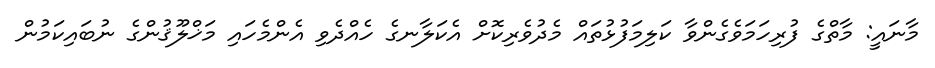
މާނައީ: މާތްގެ ފުރިހަމަވެގެންވާ ކަލިމަފުޅުތައް މެދުވެރިކޮށް އެކަލާނގެ ހެއްދެވި އެންމެހައި މަޚްލޫޤުންގެ ނުބައިކަމުން